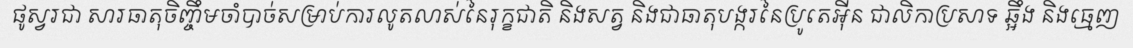
ផូស្វរជា សារធាតុចិញ្ចឹមចាំបាច់សម្រាប់ការលូតលាស់នៃរុក្ខជាតិ និងសត្វ និងជាធាតុបង្ករនៃប្រូតេអ៊ីន ជាលិកាប្រសាទ ឆ្អឹង និងធ្មេញ